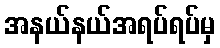
အနယ်နယ်အရပ်ရပ်မှ